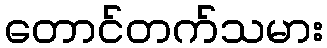
တောင်တက်သမား